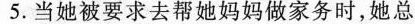
5.当她被要求去帮她妈妈做家务时,她总